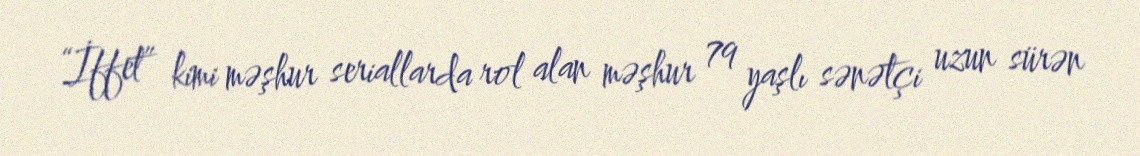
“İffet” kimi məşhur seriallarda rol alan məşhur 79 yaşlı sənətçi uzun sürən